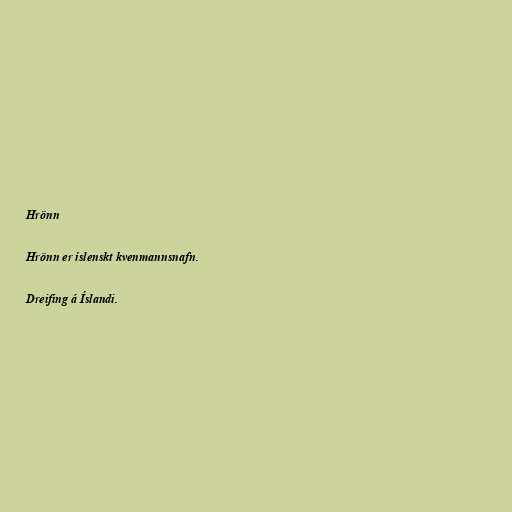
Hrönn

Hrönn er íslenskt kvenmannsnafn.

Dreifing á Íslandi.